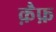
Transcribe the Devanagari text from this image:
क़ैफ़